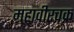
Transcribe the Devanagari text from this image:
महावीरचक्र